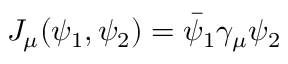
J _ { \mu } ( \psi _ { 1 } , \psi _ { 2 } ) = \bar { \psi } _ { 1 } \gamma _ { \mu } \psi _ { 2 }